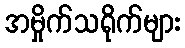
အမှိုက်သရိုက်များ